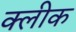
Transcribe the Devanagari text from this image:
क्लीक